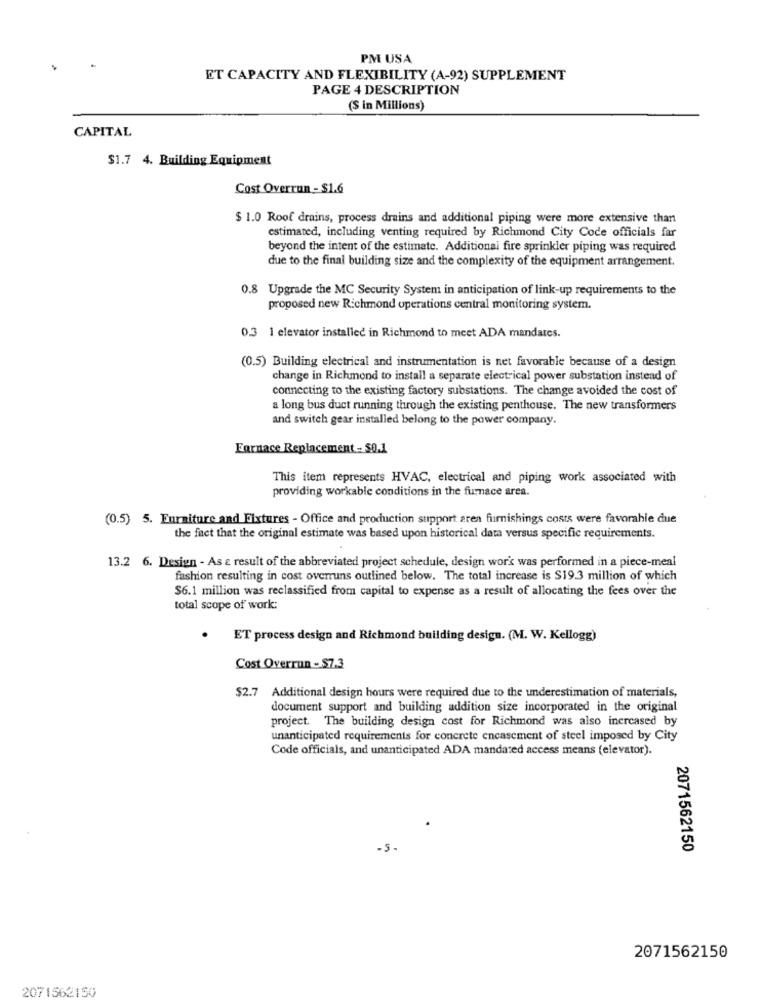
PM USA
ET CAPACITY AND FLEXIBILITY (A-92) SUPPLEMENT
PAGE 4 DESCRIPTION
(S in Millions)
CAPITAL
$1.7 4. Building Equipment
Cost Overrun - $1.6
$ 1.0 Roof drains, process drains and additional piping were more extensive than
estimated, including venting required by Richmond City Code officials far
beyond the intent of the estimate. Additional fire sprinkler piping was required
due to the final building size and the complexity of the equipment arrangement.
0.8 Upgrade the MC Security System in anticipation of link-up requirements to the
proposed new Richmond operations central monitoring system.
0.3 1 elevator installed in Richmond to meet ADA mandates.
(0.5) Building electrical and instrumentation is net favorable because of a design
change in Richmond to install a separate electrical power substation instead of
connecting to the existing factory substations. The change avoided the cost of
a long bus duct running through the existing penthouse. The new transformers
and switch gear installed belong to the power company.
Fornace Replacement - $0.1
This item represents HVAC, electrical and piping work associated with
providing workable conditions in the furnace area.
(0.5) 5. Furniture and Fixtures - Office and production support aren furnishings costs were favorable due
the fact that the original estimate was based upon historical data versus specific requirements.
13.2 6. Design - As a result of the abbreviated project schedule, design wor's was performed in a piece-meal
fashion resulting in cost overruns outlined below. The total increase is $19.3 million of which
$6.1 million was reclassified from capital to expense as a result of allocating the fees over the
total scope of work:
ET process design and Richmond building design. (M. W. Kellogg)
Cost Overrun - $7.3
$2.7 Additional design hours were required due to the underestimation of materials,
document support and building addition size incorporated in the original
project. The building design cost for Richmond was also increased by
unanticipated requirements for concrete encascment of steel imposed by City
Code officials, and unanticipated ADA mandated access means (elevator).
-5 -
2071562150
2071562150
2071562150